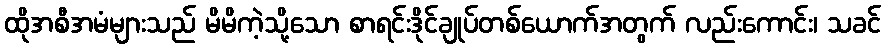
ထိုအစီအမံများသည် မိမိကဲ့သို့သော စာရင်းဒိုင်ချုပ်တစ်ယောက်အတွက် လည်းကောင်း၊ သခင်